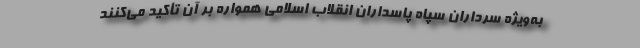
به‌ویژه سرداران سپاه پاسداران انقلاب اسلامی همواره بر آن تأکید می‌کنند